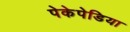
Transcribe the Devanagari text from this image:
पेकेपेडिया